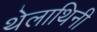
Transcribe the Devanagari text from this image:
थेलाथिनी